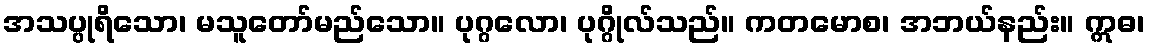
အသပ္ပုရိသော၊ မသူတော်မည်သော။ ပုဂ္ဂလော၊ ပုဂ္ဂိုလ်သည်။ ကတမောစ၊ အဘယ်နည်း။ ဣဓ၊